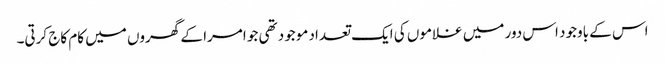
اس کے باوجود اس دور میں غلاموں کی ایک تعداد موجود تھی جو امرا کے گھروں میں کام کاج کرتی۔